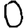
Digit: 0